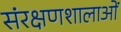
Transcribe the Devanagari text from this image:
संरक्षणशालाओं